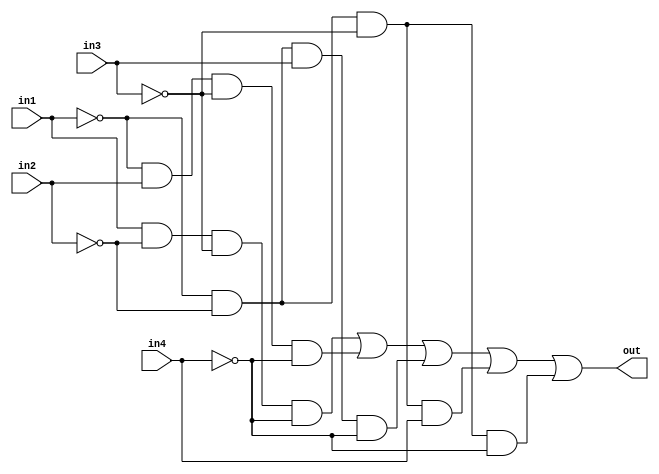

module Check(input in1,
             in2,
             in3,
             in4,
             output out);
    
    wire w1, w2, w3, w4, w5;
    
    assign w1  =  in1 & ~in2 & ~in3 & ~in4;
    assign w2  = ~in1 &  in2 & ~in3 & ~in4;
    assign w3  = ~in1 & ~in2 &  in3 & ~in4;
    assign w4  = ~in1 & ~in2 & ~in3 &  in4;
    assign w5  = ~in1 & ~in2 & ~in3 & ~in4;

    assign out = w1 | w2 | w3 | w4 | w5;
    
endmodule